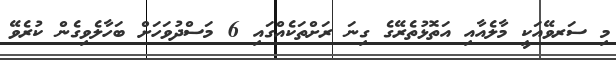
މި ސަރވޭއަކީ މާލެއާއި އަތޮޅުތެރޭގެ ގިނަ ރަށްތަކެއްގައި 6 މަސްދުވަހަށް ބަހާލެވިގެން ކުރެވޭ